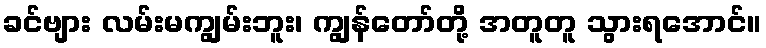
ခင်ဗျား လမ်းမကျွမ်းဘူး၊ ကျွန်တော်တို့ အတူတူ သွားရအောင်။